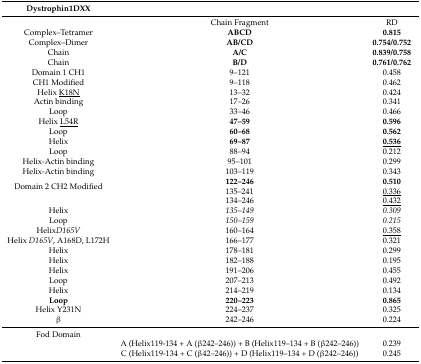
<table><thead><tr><td><b>Dystrophin1DXX</b></td><td></td><td></td></tr></thead><tbody><tr><td></td><td>Chain Fragment</td><td>RD</td></tr><tr><td>Complex–Tetramer</td><td><b>ABCD</b></td><td><b>0.815</b></td></tr><tr><td>Complex–Dimer</td><td><b>AB/CD</b></td><td><b>0.754/0.752</b></td></tr><tr><td>Chain</td><td><b>A/C</b></td><td><b>0.839/0.758</b></td></tr><tr><td>Chain</td><td><b>B/D</b></td><td><b>0.761/0.762</b></td></tr><tr><td>Domain 1 CH1</td><td>9–121</td><td>0.458</td></tr><tr><td>CH1 Modified</td><td>9–118</td><td>0.462</td></tr><tr><td>Helix <underline>K18N</underline></td><td>13–32</td><td>0.424</td></tr><tr><td>Actin binding</td><td>17–26</td><td>0.341</td></tr><tr><td>Loop</td><td>33–46</td><td>0.466</td></tr><tr><td>Helix <underline>L54R</underline></td><td><b>47–59</b></td><td><b>0.596</b></td></tr><tr><td>Loop</td><td><b>60–68</b></td><td><b>0.562</b></td></tr><tr><td>Helix</td><td><b>69–87</b></td><td><b><underline>0.536</underline></b></td></tr><tr><td>Loop</td><td>88–94</td><td>0.212</td></tr><tr><td>Helix-Actin binding</td><td>95–101</td><td>0.299</td></tr><tr><td>Helix-Actin binding</td><td>103–119</td><td>0.343</td></tr><tr><td>Domain 2 CH2 Modified</td><td><b>122–246</b>135–241</td><td><b>0.510</b><underline>0.336</underline></td></tr><tr><td></td><td>134–246</td><td><underline>0.432</underline></td></tr><tr><td>Helix</td><td><i>135</i>–<i>149</i></td><td><i>0.309</i></td></tr><tr><td>Loop</td><td><i>150</i>–<i>159</i></td><td><i>0.215</i></td></tr><tr><td>Helix<i>D165V</i></td><td>160–164</td><td><underline>0.358</underline></td></tr><tr><td>Helix <i>D165V</i>, A168D, L172H</td><td>166–177</td><td>0.321</td></tr><tr><td>Helix</td><td>178–181</td><td>0.299</td></tr><tr><td>Helix</td><td>182–188</td><td>0.195</td></tr><tr><td>Helix</td><td>191–206</td><td>0.455</td></tr><tr><td>Loop</td><td>207–213</td><td>0.492</td></tr><tr><td>Helix</td><td>214–219</td><td>0.134</td></tr><tr><td><b>Loop</b></td><td><b>220–223</b></td><td><b>0.865</b></td></tr><tr><td>Helix Y231N</td><td>224–237</td><td>0.325</td></tr><tr><td>β</td><td>242–246</td><td>0.224</td></tr><tr><td>Fod Domain</td><td></td><td></td></tr><tr><td></td><td>A (Helix119-134 + A (β242–246)) + B (Helix119–134 + B (β242–246))</td><td>0.239</td></tr><tr><td></td><td>C (Helix119-134 + C (β42–246)) + D (Helix119–134 + D (β242–246))</td><td>0.245</td></tr></tbody></table>